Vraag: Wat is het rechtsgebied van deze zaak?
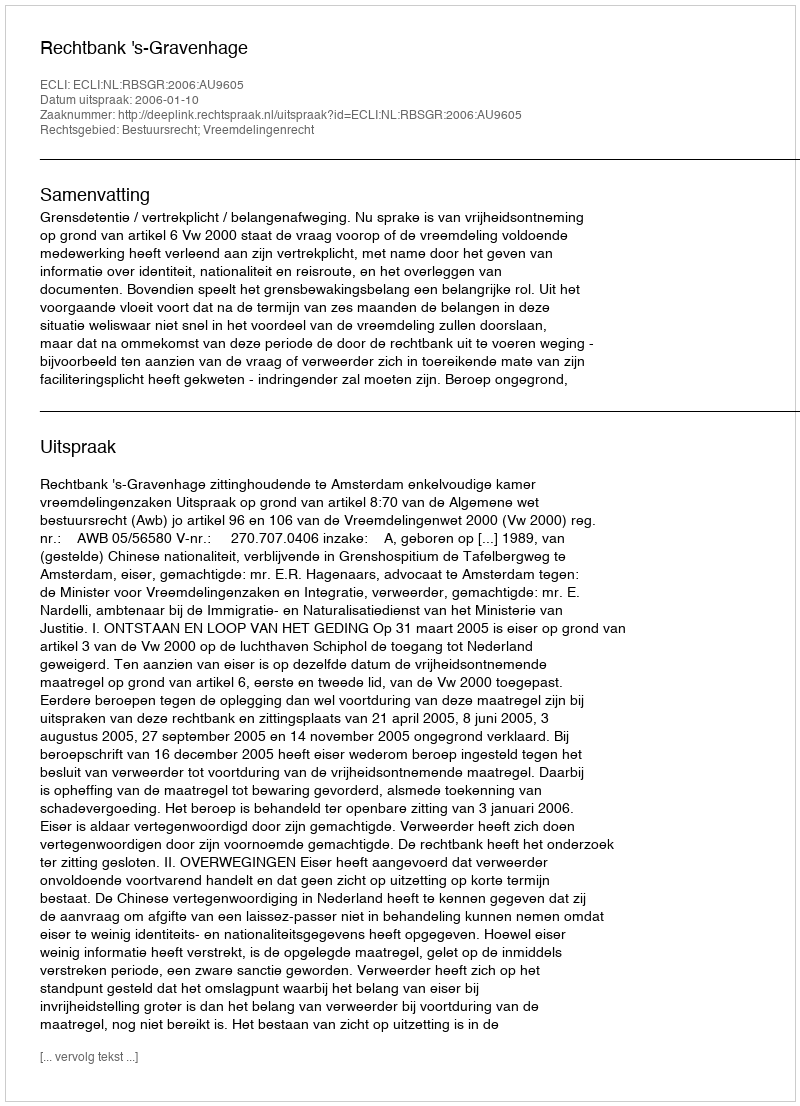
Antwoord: Bestuursrecht; Vreemdelingenrecht